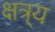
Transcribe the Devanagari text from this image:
क्षत्र्य